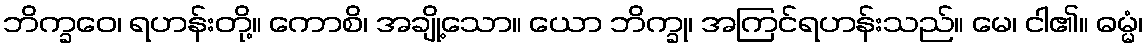
ဘိက္ခဝေ၊ ရဟန်းတို့။ ကောစိ၊ အချို့သော။ ယော ဘိက္ခု၊ အကြင်ရဟန်းသည်။ မေ၊ ငါ၏။ ဓမ္မံ၊